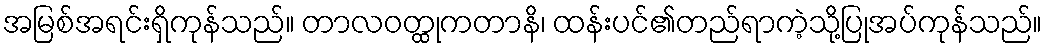
အမြစ်အရင်းရှိကုန်သည်။ တာလဝတ္ထုကတာနိ၊ ထန်းပင်၏တည်ရာကဲ့သို့ပြုအပ်ကုန်သည်။